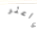
واعثر